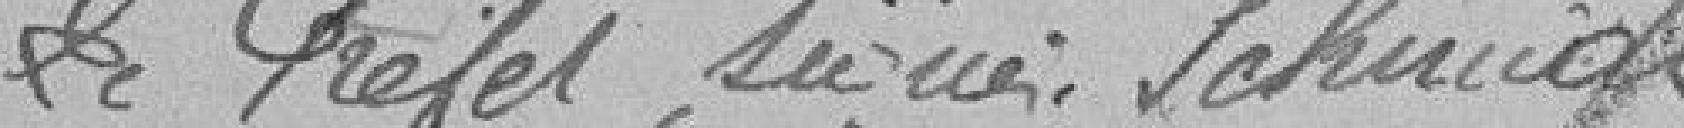
Le préfet signé Schmidt